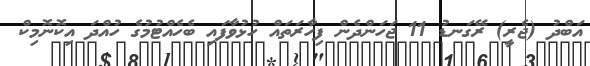
އަބްދު (ޖެރީ) ރޭގަނޑު 11 ޖަހަންދެން ފިހާރަތައް ހުޅުވާފައި ބެހެއްޓުމުގެ ހުއްދަ އިކޮނޮމިކް